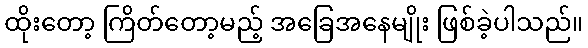
ထိုးတော့ ကြိတ်တော့မည့် အခြေအနေမျိုး ဖြစ်ခဲ့ပါသည်။